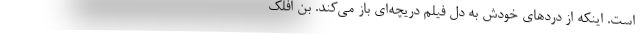
است. اینکه از دردهای خودش به دل فیلم دریچه‌ای باز می‌کند. بن افلک